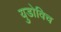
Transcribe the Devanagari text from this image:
युडोविच